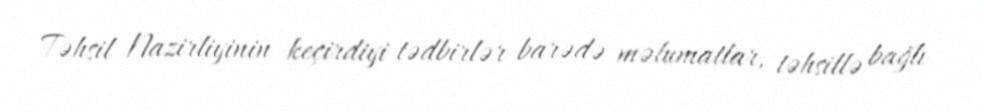
Təhsil Nazirliyinin keçirdiyi tədbirlər barədə məlumatlar, təhsillə bağlı